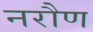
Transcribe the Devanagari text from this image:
नरौण